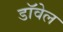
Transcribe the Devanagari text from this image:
डॉवेल